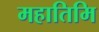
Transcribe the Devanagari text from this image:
महातिमि